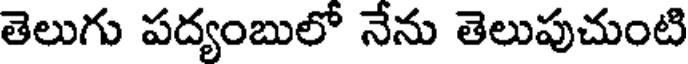
తెలుగు పద్యంబులో నేను తెలుపుచుంటి